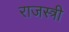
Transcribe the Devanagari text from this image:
राजस्त्री